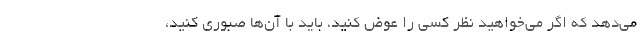
می‌دهد که اگر می‌خواهید نظر کسی را عوض کنید، باید با آن‌ها صبوری کنید،